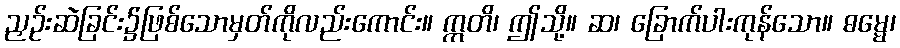
ညှဉ်းဆဲခြင်း၌ဖြစ်သောမှတ်ကိုလည်းကောင်း။ ဣတိ၊ ဤသို့။ ဆ၊ ခြောက်ပါးကုန်သော။ ဓမ္မေ၊